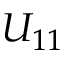
U _ { 1 1 }